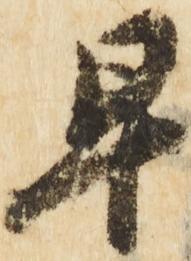
早